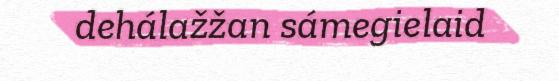
dehálažžan sámegielaid